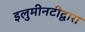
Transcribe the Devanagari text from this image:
इलुमीनटीद्वारा